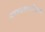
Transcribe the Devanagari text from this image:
अमध्यस्थायीकरण